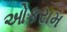
ઓકરામ